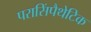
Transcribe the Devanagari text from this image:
परासिंपैथेटिक